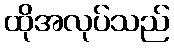
ထိုအလုပ်သည်